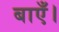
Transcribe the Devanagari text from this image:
बाएँ।